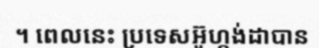
។ ពេលនេះ ប្រទេសអ៊ូហ្កង់ដាបាន